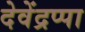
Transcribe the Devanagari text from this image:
देवेंद्रप्पा